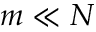
m \ll N